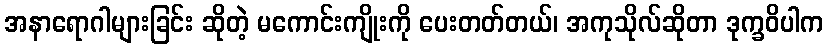
အနာရောဂါများခြင်း ဆိုတဲ့ မကောင်းကျိုးကို ပေးတတ်တယ်၊ အကုသိုလ်ဆိုတာ ဒုက္ခဝိပါက